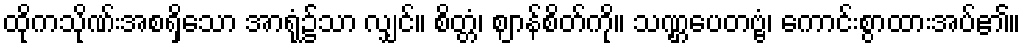
ထိုကသိုဏ်းအစရှိသော အာရုံ၌သာ လျှင်။ စိတ္တံ၊ ဈာန်စိတ်ကို။ သဏ္ဌပေတဗ္ဗံ၊ ကောင်းစွာထားအပ်၏။